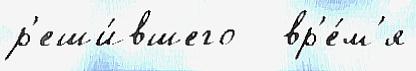
р'еши́вшего   вр'е́м'я